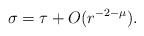
LaTeX: \begin{align*}\sigma = \tau + O(r^{-2-\mu}).\end{align*}